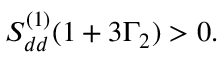
S _ { d d } ^ { ( 1 ) } ( 1 + 3 \Gamma _ { 2 } ) > 0 .